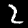
Label: 2